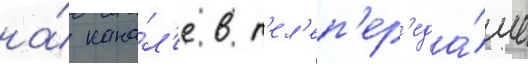
на́ кана́л'е в т'ел'еп'ер'еда́че